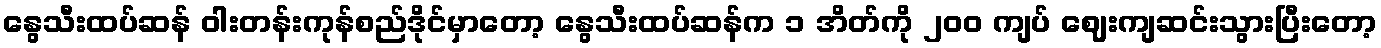
နွေသီးထပ်ဆန် ဝါးတန်းကုန်စည်ဒိုင်မှာတော့ နွေသီးထပ်ဆန်က ၁ အိတ်ကို ၂၀၀ ကျပ် ဈေးကျဆင်းသွားပြီးတော့